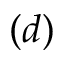
( d )